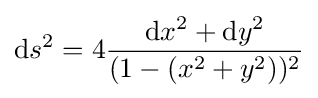
\mathrm {d} s^{2}=4{\frac {\mathrm {d} x^{2}+\mathrm {d} y^{2}}{(1-(x^{2}+y^{2}))^{2}}}